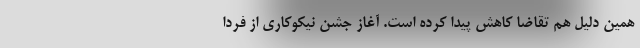
همین دلیل هم تقاضا کاهش پیدا کرده است. آغاز جشن نیکوکاری از فردا